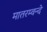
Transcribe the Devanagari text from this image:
मातरम्वन्दे